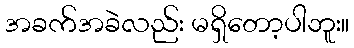
အခက်အခဲလည်း မရှိတော့ပါဘူး။